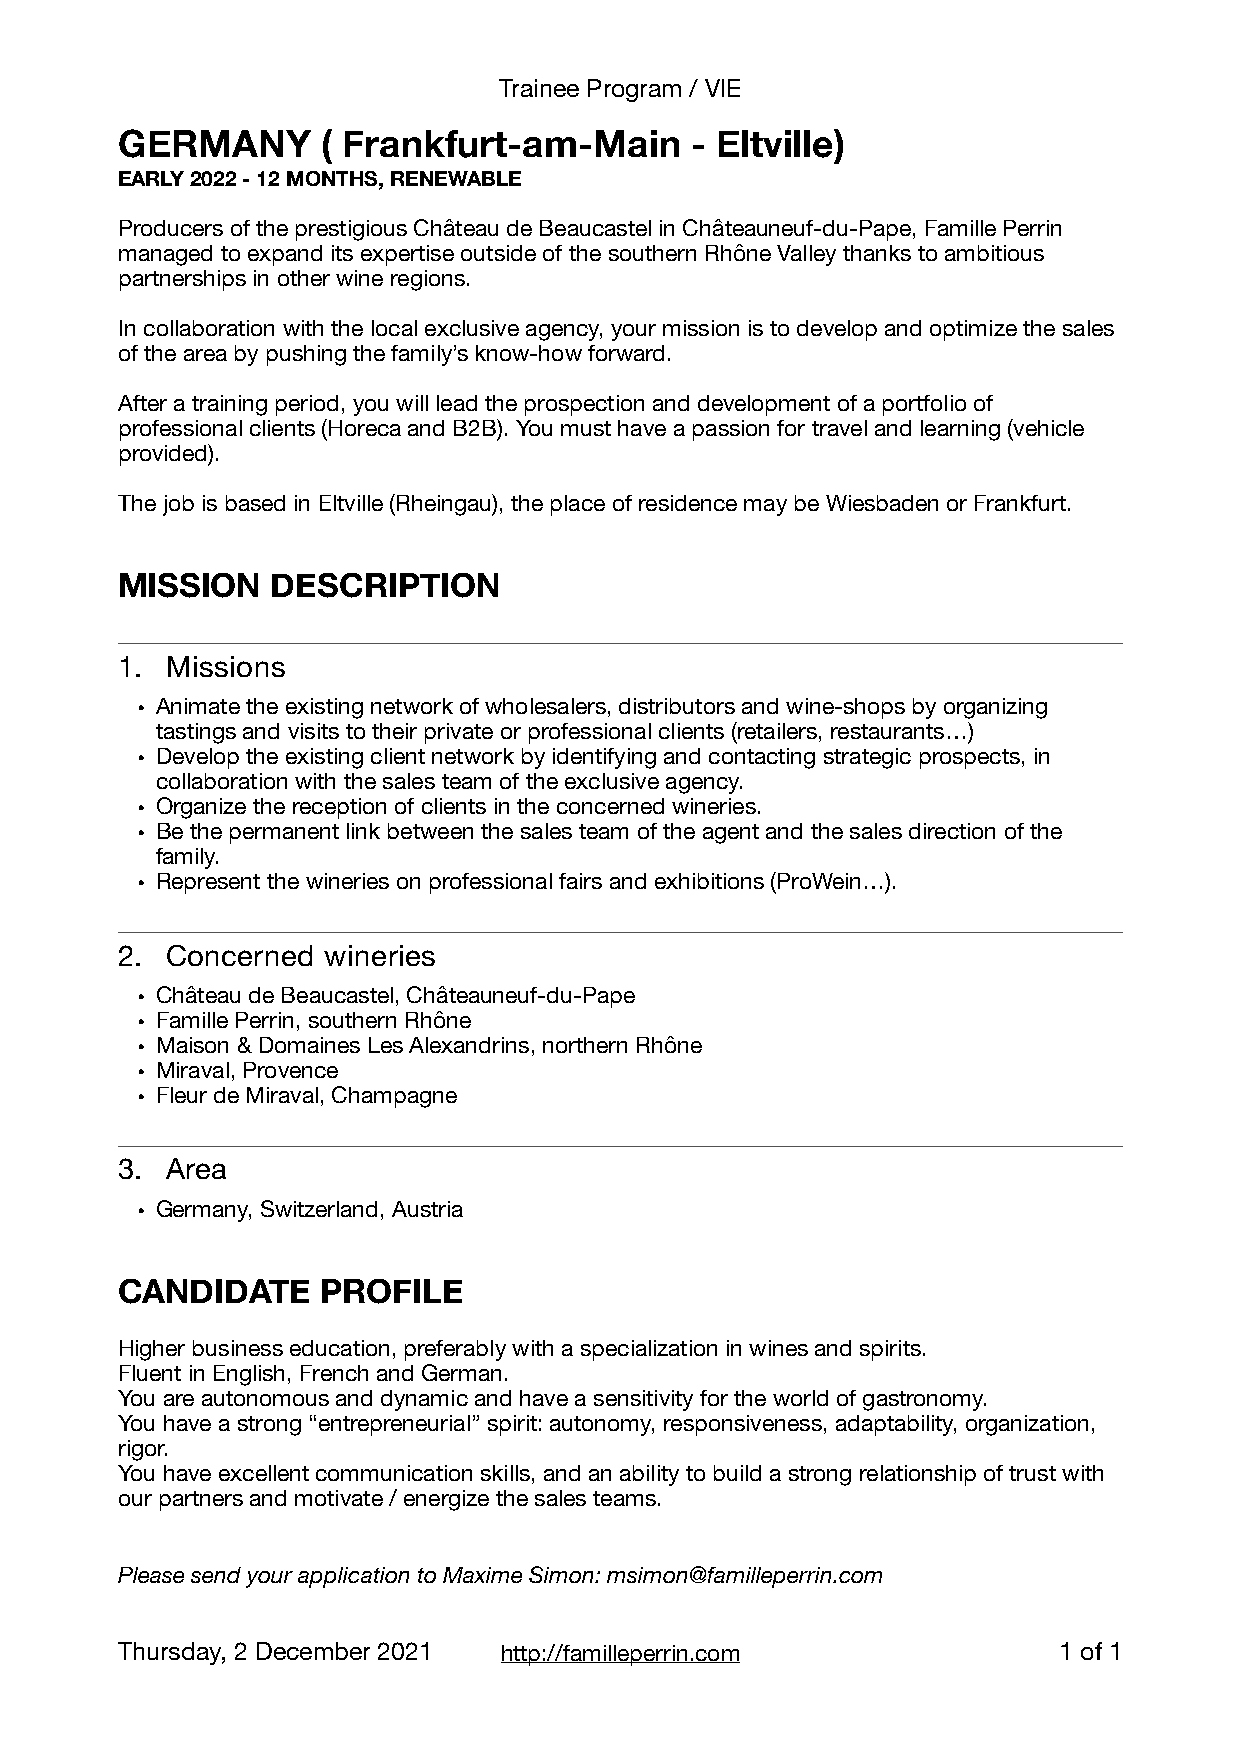
Trainee Program / VIE
 GERMANY      ( Frankfurt-am-Main      - Eltville)
 EARLY 2022 - 12 MONTHS, RENEWABLE
 Producers of the prestigious Château de Beaucastel in Châteauneuf-du-Pape, Famille Perrin
 managed to expand its expertise outside of the southern Rhône Valley thanks to ambitious
 partnerships in other wine regions.
 In collaboration with the local exclusive agency, your mission is to develop and optimize the sales
 of the area by pushing the family’s know-how forward.
 After a training period, you will lead the prospection and development of a portfolio of
 professional clients (Horeca and B2B). You must have a passion for travel and learning (vehicle
 provided).
 The job is based in Eltville (Rheingau), the place of residence may be Wiesbaden or Frankfurt.
 MISSION   DESCRIPTION
 1. Missions
 • Animate the existing network of wholesalers, distributors and wine-shops by organizing
 tastings and visits to their private or professional clients (retailers, restaurants…)
 • Develop the existing client network by identifying and contacting strategic prospects, in
 collaboration with the sales team of the exclusive agency.
 • Organize the reception of clients in the concerned wineries.
 • Be the permanent link between the sales team of the agent and the sales direction of the
 family.
 • Represent the wineries on professional fairs and exhibitions (ProWein…).
 2. Concerned wineries
 • Château de Beaucastel, Châteauneuf-du-Pape
 • Famille Perrin, southern Rhône
 • Maison & Domaines Les Alexandrins, northern Rhône
 • Miraval, Provence
 • Fleur de Miraval, Champagne
 3. Area
 • Germany, Switzerland, Austria
 CANDIDATE    PROFILE
 Higher business education, preferably with a specialization in wines and spirits.
 Fluent in English, French and German.
 You are autonomous and dynamic and have a sensitivity for the world of gastronomy.
 You have a strong “entrepreneurial” spirit: autonomy, responsiveness, adaptability, organization,
 rigor.
 You have excellent communication skills, and an ability to build a strong relationship of trust with
 our partners and motivate / energize the sales teams.
 Please send your application to Maxime Simon: msimon@familleperrin.com
 Thursday, 2 December 2021 http://familleperrin.com            1 of 1